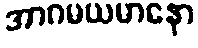
အာဂမယမာနော